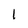
Character: I